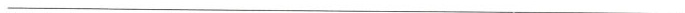
___